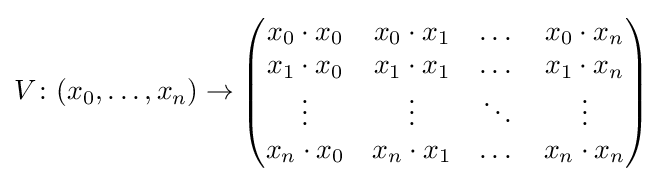
V\colon (x_{0},\dots ,x_{n})\to {\begin{pmatrix}x_{0}\cdot x_{0}&x_{0}\cdot x_{1}&\dots &x_{0}\cdot x_{n}\\x_{1}\cdot x_{0}&x_{1}\cdot x_{1}&\dots &x_{1}\cdot x_{n}\\\vdots &\vdots &\ddots &\vdots \\x_{n}\cdot x_{0}&x_{n}\cdot x_{1}&\dots &x_{n}\cdot x_{n}\end{pmatrix}}